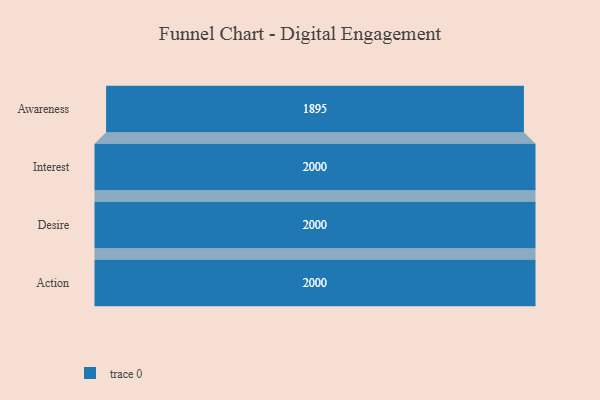
{"axis": {"x": "Stage", "y": "Value"}, "legend": [""], "data": [{"x": "Awareness", "y": 1895.0, "type": ""}, {"x": "Interest", "y": 2000, "type": ""}, {"x": "Desire", "y": 2000, "type": ""}, {"x": "Action", "y": 2000, "type": ""}]}